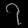
Digit: ၇